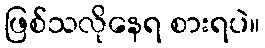
ဖြစ်သလိုနေရ စားရပဲ။